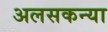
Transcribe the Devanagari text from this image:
अलसकन्या